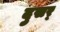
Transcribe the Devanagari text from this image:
दुसर्